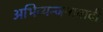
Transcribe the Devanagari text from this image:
अभिव्यन्जनावादी